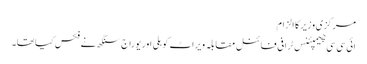
مرکزی وزیر کا الزام
ائی سی سی چیمپئنس ٹرافی فائنل مقابلہ ویراٹ کوہلی اور یوراج سنگھ نے فکس کیاتھا۔